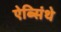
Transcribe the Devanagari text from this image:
ऐब्सिंथे